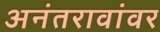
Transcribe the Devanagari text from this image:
अनंतरावांवर